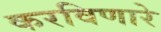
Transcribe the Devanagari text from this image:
करविणारे